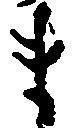
ま